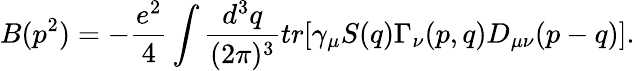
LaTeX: B(p^{2})=-\frac{e^{2}}{4}\int\frac{d^{3}q}{(2\pi)^{3}}tr\lbrack\gamma_{\mu}S(q)\Gamma_{\nu}(p,q)D_{\mu\nu}(p-q)\rbrack.